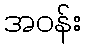
အဝန်း